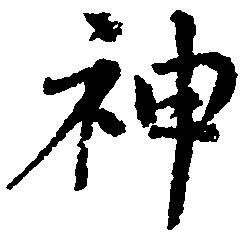
神